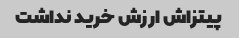
پیتزاش ارزش خرید نداشت